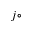
j \circ